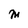
Character: M